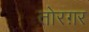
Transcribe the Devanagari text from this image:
तोरग़र